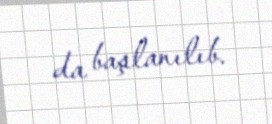
da başlanılıb.